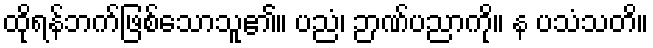
ထိုရန်ဘက်ဖြစ်သောသူ၏။ ပညံ၊ ဉာဏ်ပညာကို။ န ပသံသတိ။